Document type: Sale
Year: 1354
Scribe: Bernat de Torre
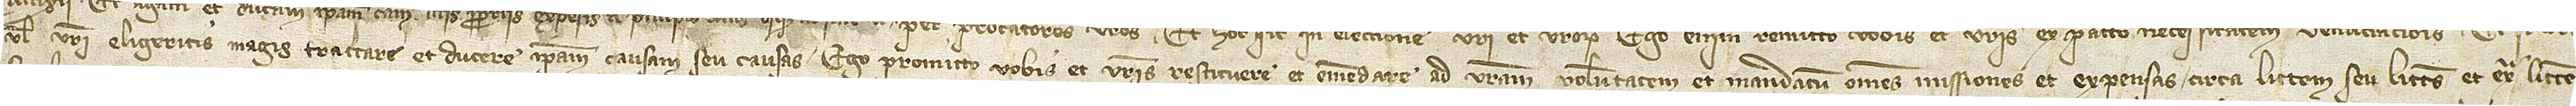
vel vestri eligeritis magis tractare et ducere ipsam causam seu causas, ego promitto vobis et vestris restituere et emendare ad vestram voluntatem et mandatum omnes missiones et expensas circa littem seu littes et extra littem